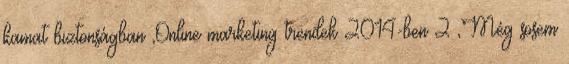
kamat biztonságban ,Online marketing trendek 2014-ben 2 ,Még sosem